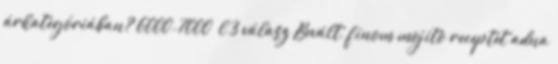
árkategóriában? 6000-7000 l 3 válasz Bevált, finom mojito receptet adna